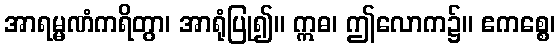
အာရမ္မဏံကရိတွာ၊ အာရုံပြု၍။ ဣဓ၊ ဤလောက၌။ ဧကစ္စေ၊